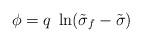
LaTeX: \begin{align*} \phi = q \; \ln ( \tilde{\sigma}_{f}- \tilde{\sigma} )\end{align*}